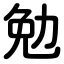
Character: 勉